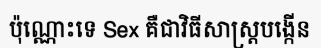
ប៉ុណ្ណោះទេ Sex គឺជាវិធីសាស្ត្របង្កើន